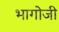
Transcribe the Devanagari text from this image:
भागोजी